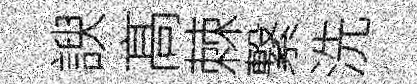
諛髙棘繋洗